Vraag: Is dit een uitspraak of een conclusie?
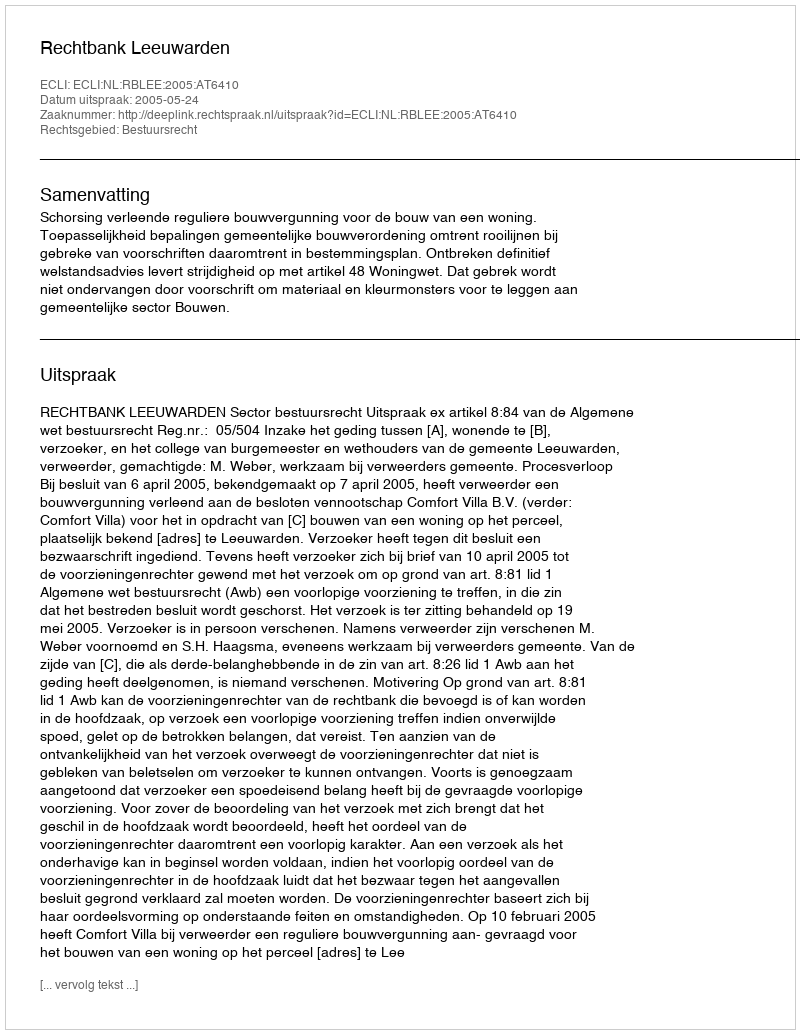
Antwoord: Uitspraak